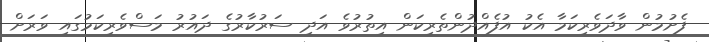
ފެށުމުން ވާދަވެރިކަމާ އެކު އުފެއްދުންތެރިކަން އިތުރުވެ އަދި ސަރުކާރުގެ ދައުރު މަސްވެރިކަމުގައި ވަރަށް